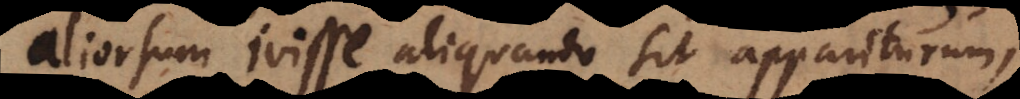
aliorsum ivisse aliquando sit appariturum,